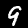
Digit: 9